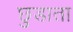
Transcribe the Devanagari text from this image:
छुडाता